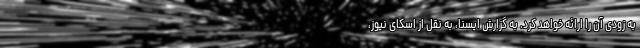
به زودی آن را ارائه خواهد کرد. به گزارش ایسنا، به نقل از اسکای نیوز،